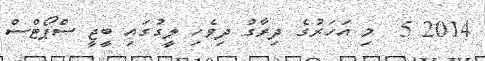
2014 5  މި އަހަރުގެ ދިރާގު ދިވެހި ލީގުގައި ބީޖީ ސްޕޯޓްސް